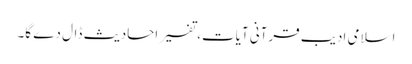
اسلامی ادیب قرآنی آیات، تفسیر احادیث ڈال دے گا۔